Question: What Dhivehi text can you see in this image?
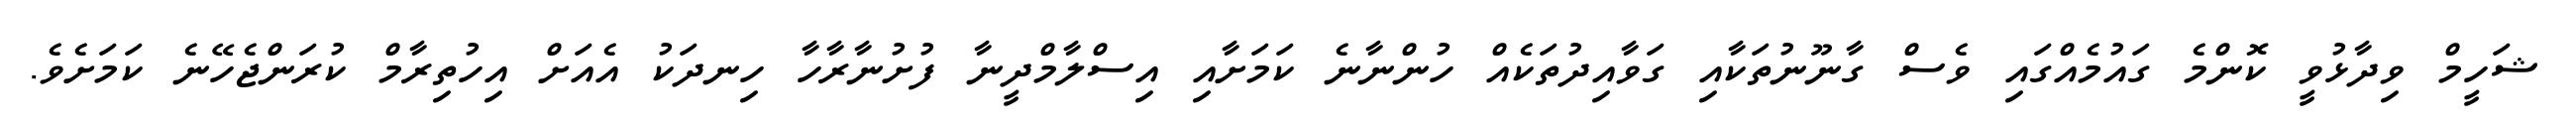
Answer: ޝަހީމް ވިދާޅުވީ ކޮންމެ ގައުމެއްގައި ވެސް ގާނޫނުތަކާއި ގަވާއިދުތަކެއް ހުންނާނެ ކަމަށާއި އިސްލާމްދީނާ ފުށުނާރާހާ ހިނދަކު އެއަށް އިހުތިރާމް ކުރަންޖެހޭނެ ކަމަށެވެ.